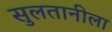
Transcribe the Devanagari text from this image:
सुलतानीला